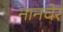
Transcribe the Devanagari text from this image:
नानचेर